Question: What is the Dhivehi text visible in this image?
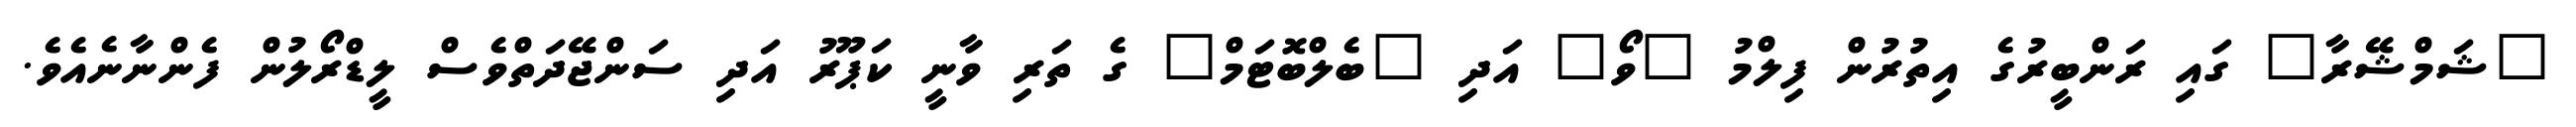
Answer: "ޝަމްޝޭރާ" ގައި ރަންބީރުގެ އިތުރުން ފިލްމު "ވޯ" އަދި "ބެލްބޮޓަމް" ގެ ތަރި ވާނީ ކަޕޫރު އަދި ސަންޖޭދަތްވެސް ލީޑްރޯލުން ފެންނާނެއެވެ.